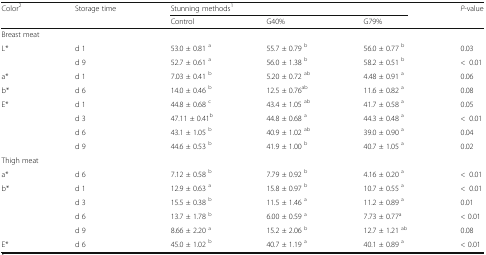
| <ROWSPAN=2> Color2 | <ROWSPAN=2> Storage time | <COLSPAN=3> Stunning methods1 | P-value |
 | Control | G40% | G79% |  |
 | --- | --- | --- | --- | --- | --- |
 | <COLSPAN=6> Breast meat |
 | L* | d 1 | 53.0 ± 0.81 a | 55.7 ± 0.79 b | 56.0 ± 0.77 b | 0.03 |
 |  | d 9 | 52.7 ± 0.61 a | 56.0 ± 1.38 b | 58.2 ± 0.51 b | <0.01 |
 | a* | d 1 | 7.03 ± 0.41 b | 5.20 ± 0.72 ab | 4.48 ± 0.91 a | 0.06 |
 | b* | d 6 | 14.0 ± 0.46 b | 12.5 ± 0.76ab | 11.6 ± 0.82 a | 0.08 |
 | E* | d 1 | 44.8 ± 0.68 c | 43.4 ± 1.05 ab | 41.7 ± 0.58 a | 0.05 |
 |  | d 3 | 47.11 ± 0.41b | 44.8 ± 0.68 a | 44.3 ± 0.48 a | <0.01 |
 |  | d 6 | 43.1 ± 1.05 b | 40.9 ± 1.02 ab | 39.0 ± 0.90 a | 0.04 |
 |  | d 9 | 44.6 ± 0.53 b | 41.9 ± 1.00 b | 40.7 ± 1.05 a | 0.02 |
 | <COLSPAN=6> Thigh meat |
 | a* | d 6 | 7.12 ± 0.58 b | 7.79 ± 0.92 b | 4.16 ± 0.20 a | <0.01 |
 | b* | d 1 | 12.9 ± 0.63 a | 15.8 ± 0.97 b | 10.7 ± 0.55 a | <0.01 |
 |  | d 3 | 15.5 ± 0.38 b | 11.5 ± 1.46 a | 11.2 ± 0.89 a | 0.01 |
 |  | d 6 | 13.7 ± 1.78 b | 6.00 ± 0.59 a | 7.73 ± 0.77a | < 0.01 |
 |  | d 9 | 8.66 ± 2.20 a | 15.2 ± 2.06 b | 12.7 ± 1.21 ab | 0.08 |
 | E* | d 6 | 45.0 ± 1.02 b | 40.7 ± 1.19 a | 40.1 ± 0.89 a | < 0.01 |